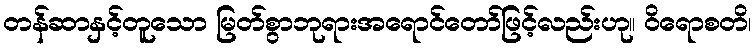
တန်ဆာနှင့်တူသော မြတ်စွာဘုရားအရောင်တော်ဖြင့်လည်းဟု။ ဝိရောစတိ၊